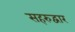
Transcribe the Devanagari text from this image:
सहरुद्वार